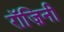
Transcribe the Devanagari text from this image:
रॉज़िनी